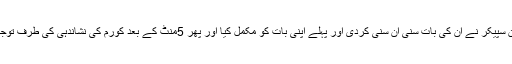
پنجاب اسمبلی اپوزیشن رکن راحیلہ خادم حسین نے کورم کی نشاندہی کر دی لیکن سپیکر نے ان کی بات سنی ان سنی کردی اور پہلے اپنی بات کو مکمل کیا اور پھر 5منٹ کے بعد کورم کی نشاندہی کی طرف توجہ سپیکر نے گنتی کے لیے پانچ منٹ کے لیے گھنٹیاں بجانے کی ہدایت کر دی۔